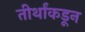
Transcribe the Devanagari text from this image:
तीर्थांकडून